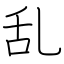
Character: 乱